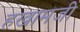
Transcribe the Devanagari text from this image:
हखामजी